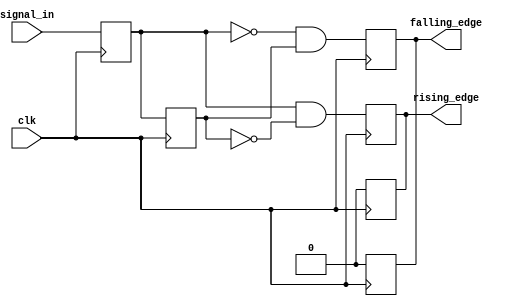
module dual_edge_detector (
    input wire clk,              // Clock signal
    input wire signal_in,        // Input signal to detect edges
    output reg rising_edge,      // Output signal for rising edge detection
    output reg falling_edge      // Output signal for falling edge detection
);

    reg prev_state;              // Previous state of the input signal
    reg curr_state;              // Current state of the input signal

    // Sequential logic to update states on the rising edge of the clock
    always @(posedge clk) begin
        // Update previous state to current state
        prev_state <= curr_state;
        // Sample the current state of the input signal
        curr_state <= signal_in;

        // Edge detection logic
        rising_edge <= (curr_state && !prev_state);   // Rising edge detected
        falling_edge <= (!curr_state && prev_state);  // Falling edge detected
    end

    // Reset outputs at the end of the clock cycle
    always @(posedge clk) begin
        // Reset rising_edge and falling_edge outputs
        rising_edge <= 0;
        falling_edge <= 0;
    end

endmodule